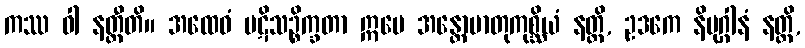
ကဿ ဝါ နတ္ထီတိ။ အထေဝံ ပဋိသဉ္စိက္ခတာ ဣမေ အန္တောမာတုကုစ္ဆိယံ နတ္ထိ, ဥဒကေ နိမုဂ္ဂါနံ နတ္ထိ,